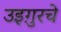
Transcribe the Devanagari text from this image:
उइग़ुरचे